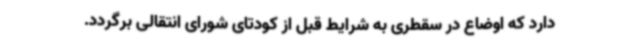
دارد که اوضاع در سقطری به شرایط قبل از کودتای شورای انتقالی برگردد.